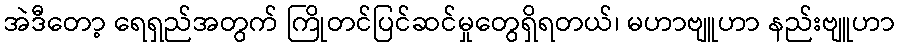
အဲဒီတော့ ရေရှည်အတွက် ကြိုတင်ပြင်ဆင်မှုတွေရှိရတယ်၊ မဟာဗျူဟာ နည်းဗျူဟာ